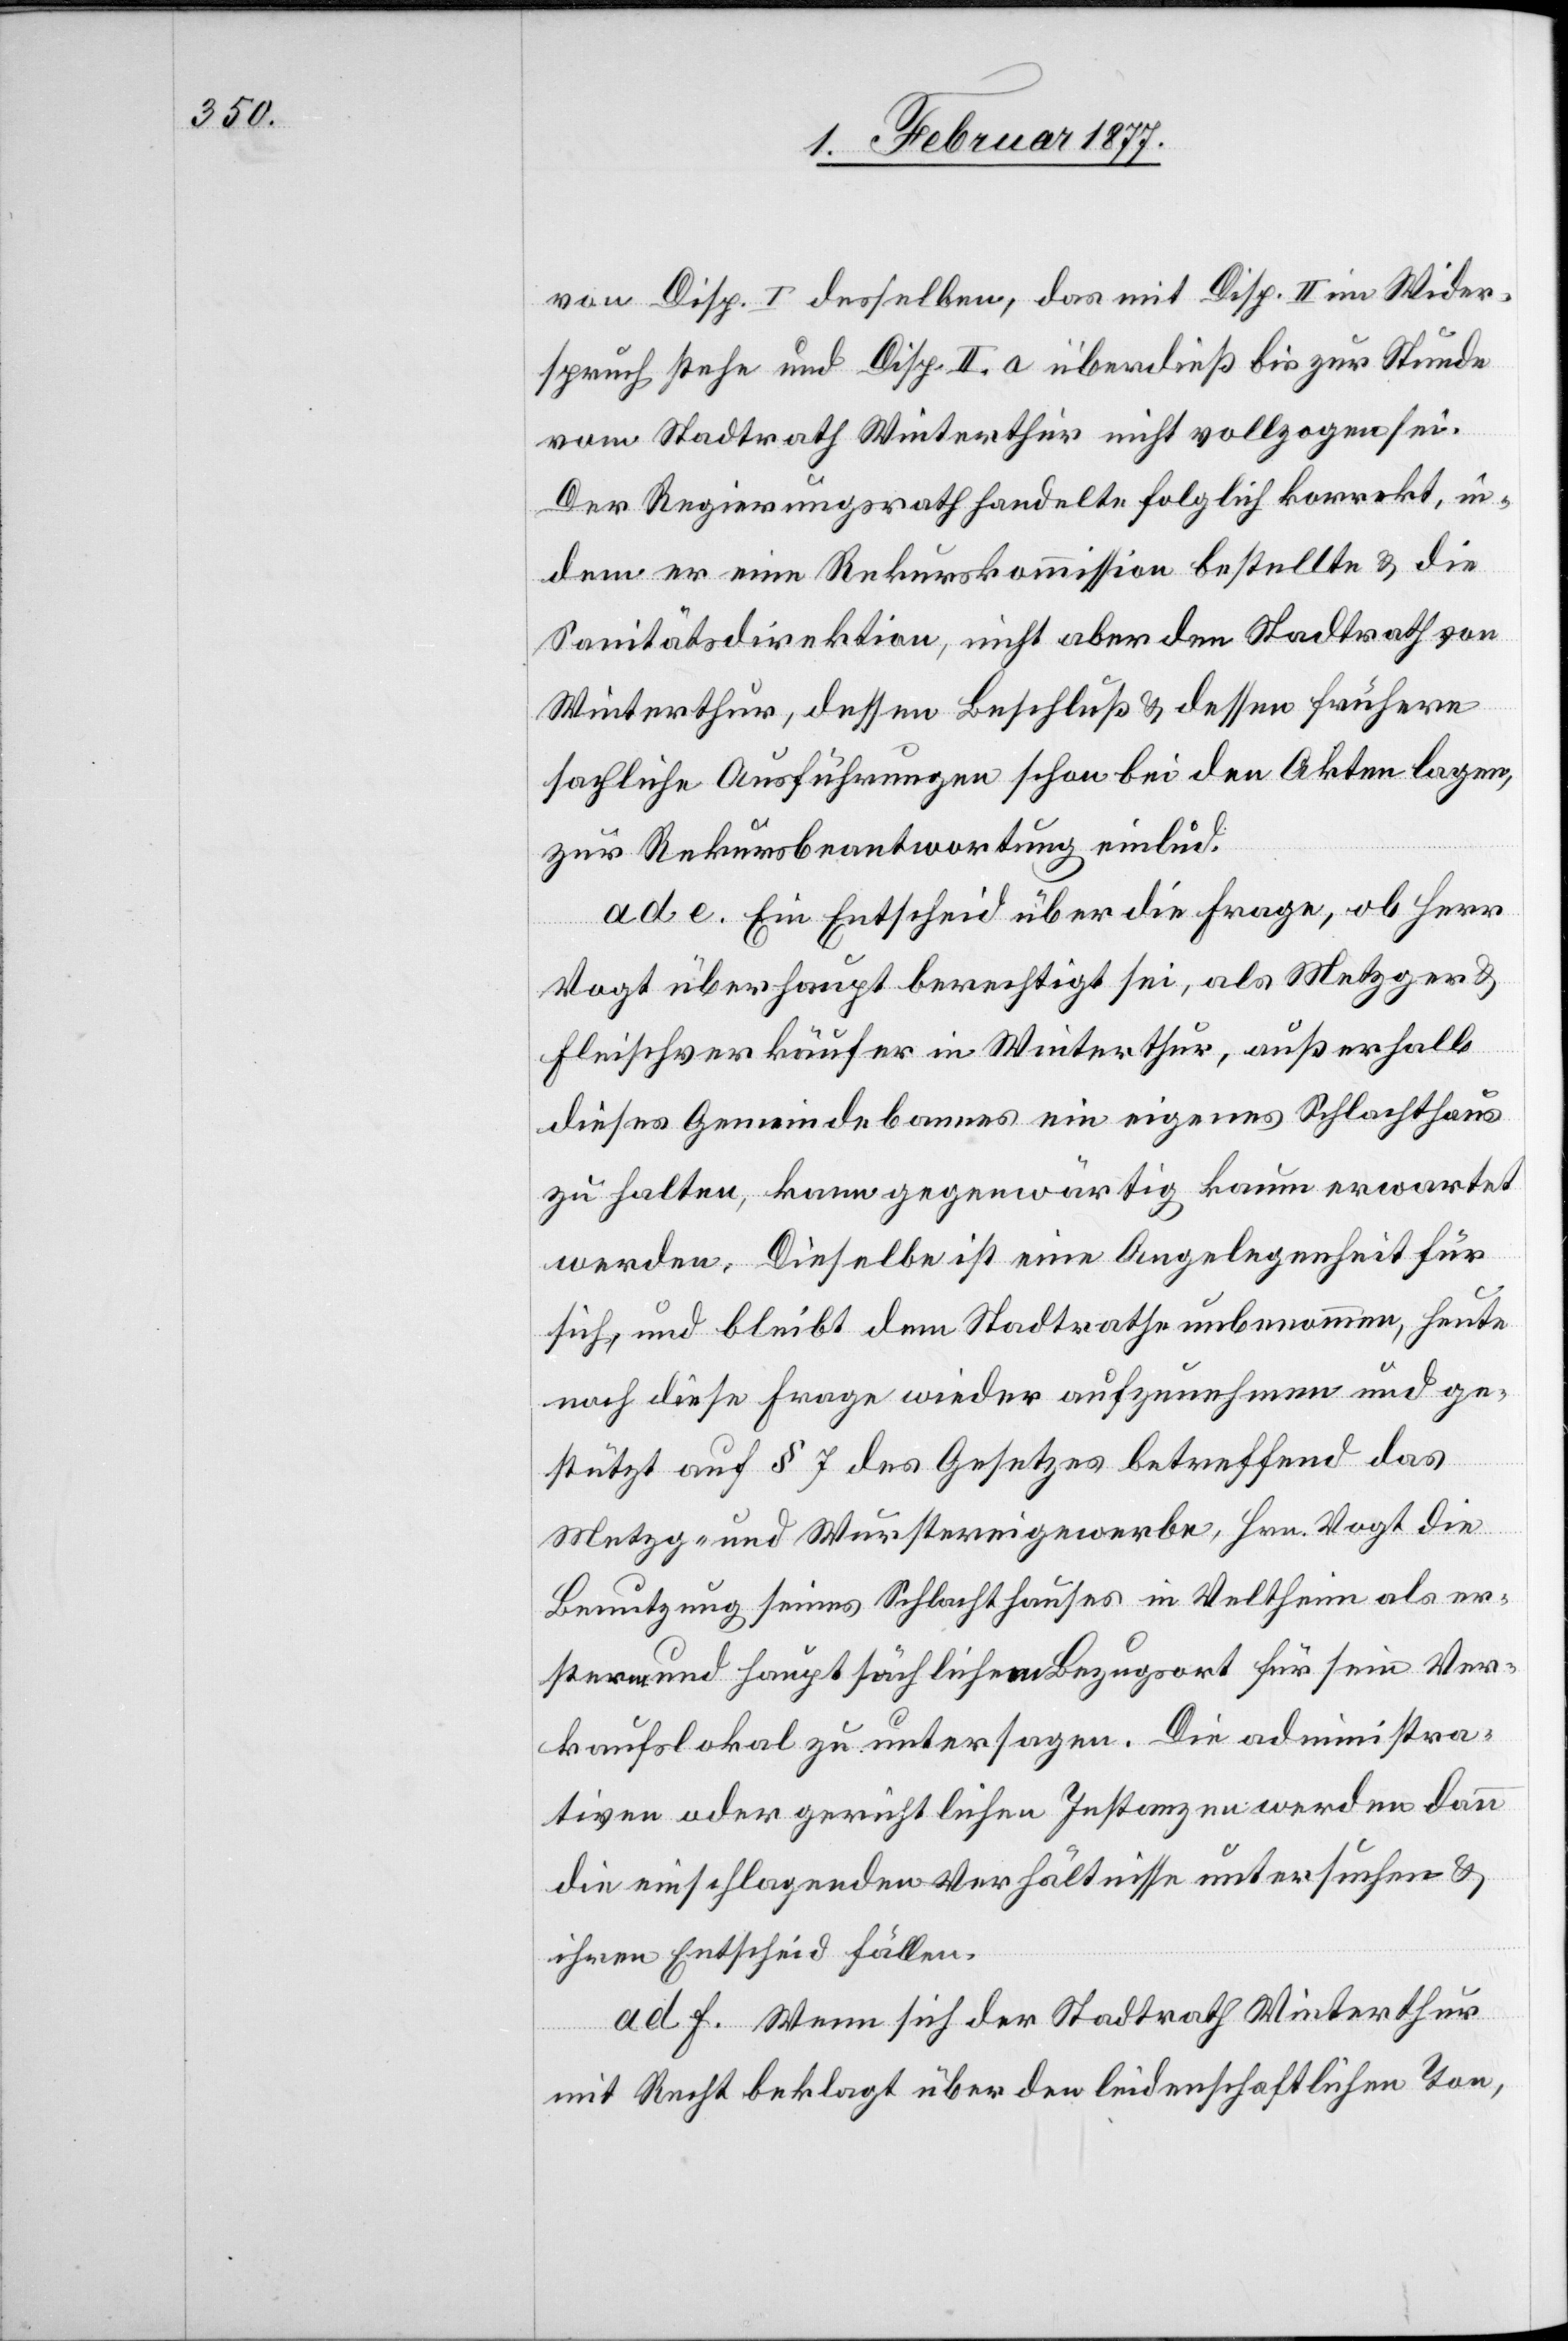
von Disp. I desselben, das mit Disp. II im Wider¬
spruch stehe und Disp. II. a überdieß bis zur Stunde
vom Stadtrath Winterthur nicht vollzogen sei.
Der Regierungsrath handelte folglich korrekt, in¬
dem er eine Rekurskommission bestellte & die
Sanitätsdirektion, nicht aber den Stadtrath von
Winterthur, dessen Beschluß & dessen frühere
sachliche Ausführungen schon bei den Akten lagen,
zur Rekursbeantwortung einlud.
ad e. Ein Entscheid über die Frage, ob Herr
Vogt überhaupt berechtigt sei, als Metzger &
Fleischverkäufer in Winterthur, außerhalb
dieses Gemeindebannes ein eigenes Schlachthaus
zu halten, kann gegenwärtig kaum erwartet
werden. Dieselbe ist eine Angelegenheit für
sich, und bleibt dem Stadtrath unbenommen, heute
noch diese Frage wieder aufzunehmen und ge¬
stützt auf § 7 des Gesetzes betreffend das
Metzg- und Wurstereigewerbe, Hrn. Vogt die
Benutzung seines Schlachthauses in Veltheim als er¬
stern und hauptsächlichen Bezugsort für sein Ver¬
kaufslokal zu untersagen. Die administra¬
tiven oder gerichtlichen Instanzen werden dann
die einschlagenden Verhältnisse untersuchen &
ihren Entscheid fällen.
ad f. Wenn sich der Stadtrath Winterthur
mit Recht beklagt über den leidenschaftlichen Ton,